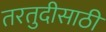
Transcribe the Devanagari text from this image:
तरतुदीसाठी